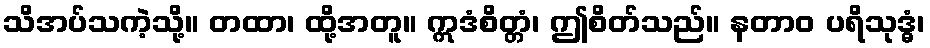
သိအပ်သကဲ့သို့။ တထာ၊ ထို့အတူ။ ဣဒံစိတ္တံ၊ ဤစိတ်သည်။ နတာဝ ပရိသုဒ္ဓံ၊